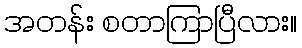
အတန်း စတာကြာပြီလား။